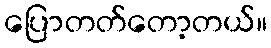
ပြောတတ်တော့တယ်။